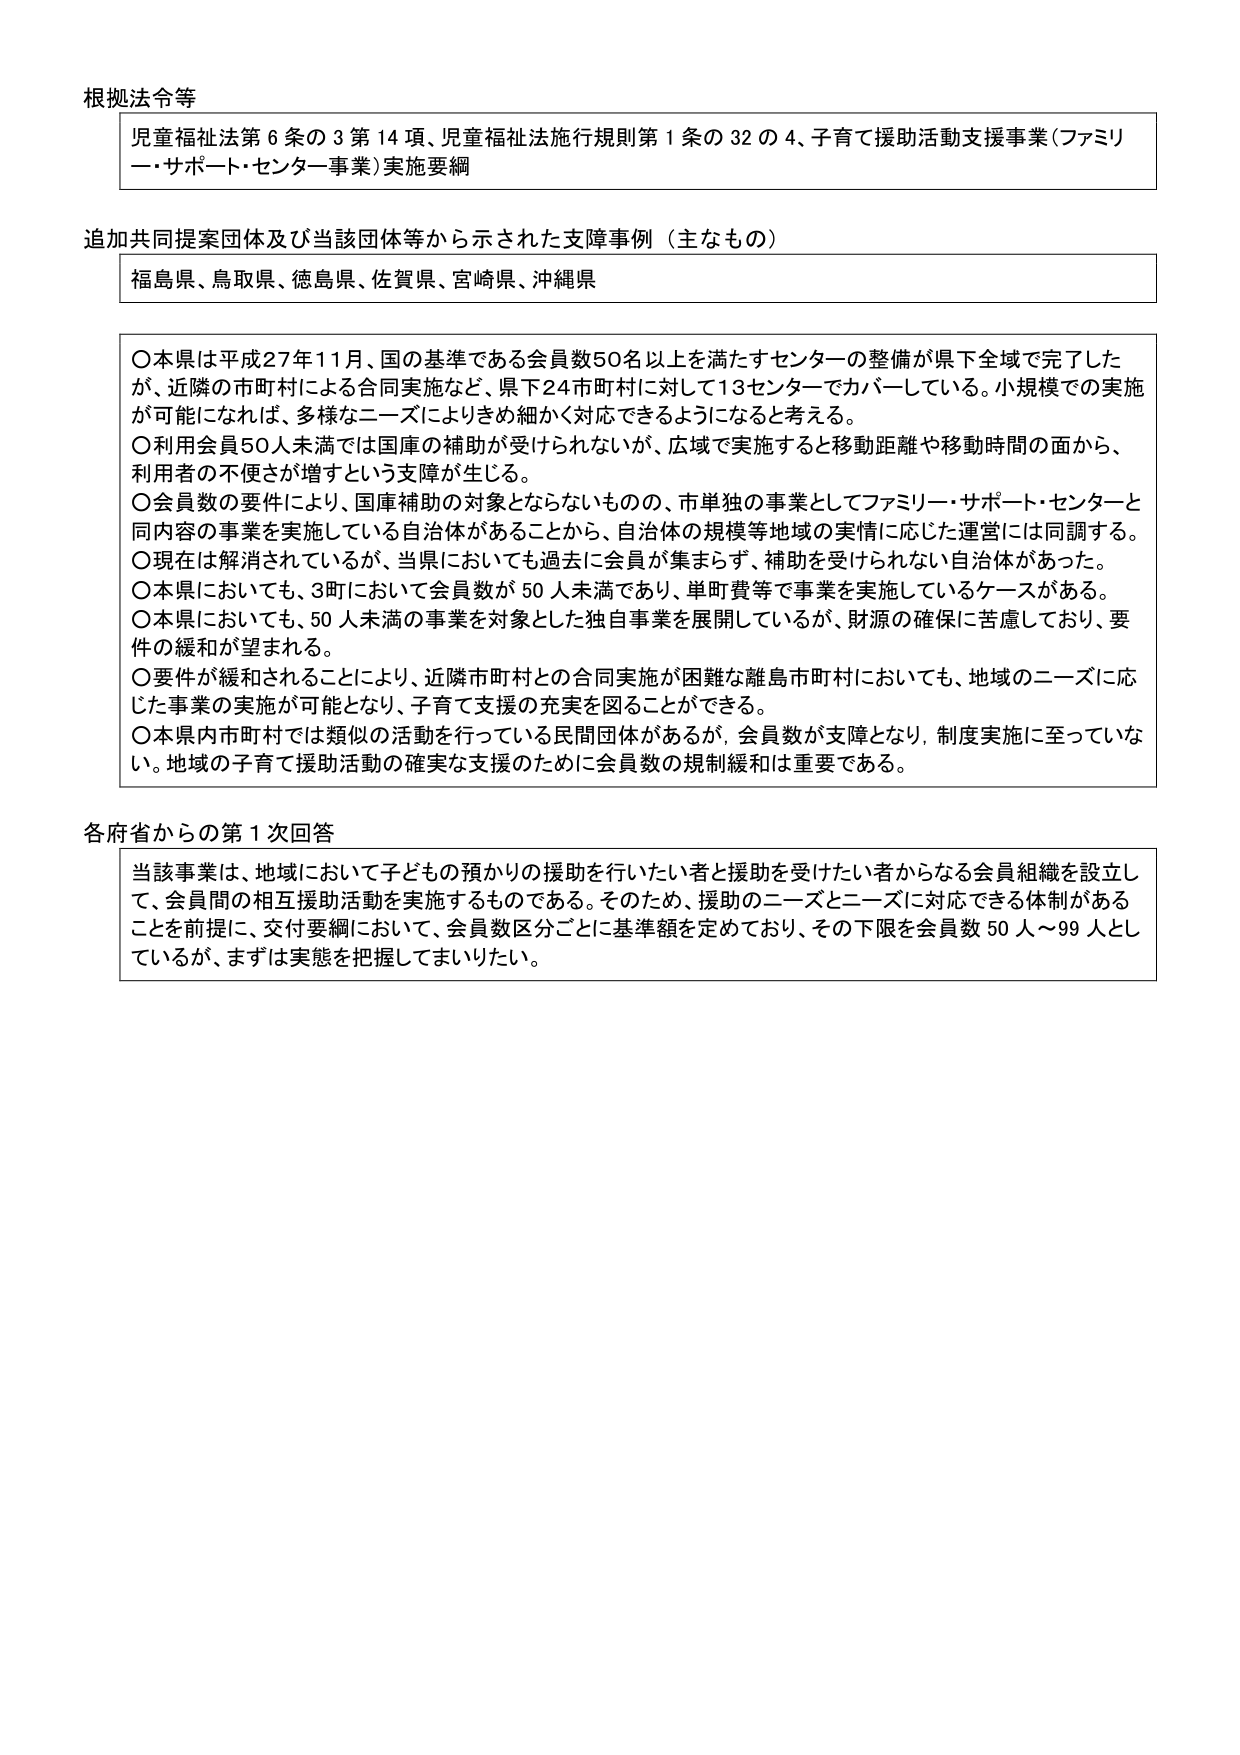
根拠法令等
児童福祉法第6条の3第14項、児童福祉法施行規則第1条の32の4、子育て援助活動支援事業（ファミリー・サポート・センター事業）実施要綱

追加共同提案団体及び当該団体等から示された支障事例（主なもの）
福島県、鳥取県、徳島県、佐賀県、宮崎県、沖縄県

〇本県は平成27年11月、国の基準である会員数50名以上を満たすセンターの整備が県下全域で完了したが、近隣の市町村による合同実施など、県下24市町村に対して13センターでカバーしている。小規模での実施が可能になれば、多様なニーズによりきめ細かく対応できるようになると考える。
〇利用会員50人未満では国庫の補助が受けられないが、広域で実施すると移動距離や移動時間の面から、利用者の不便さが増すという支障が生じる。
〇会員数の要件により、国庫補助の対象とならないものの、市単独の事業としてファミリー・サポート・センターと同内容の事業を実施している自治体があることから、自治体の規模等地域の実情に応じた運営には同調する。
〇現在は解消されているが、当県においても過去に会員が集まらず、補助を受けられない自治体があった。
〇本県においても、3町において会員数が50人未満であり、単町費等で事業を実施しているケースがある。
〇本県においても、50人未満の事業を対象とした独自事業を展開しているが、財源の確保に苦慮しており、要件の緩和が望まれる。
〇要件が緩和されることにより、近隣市町村との合同実施が困難な離島市町村においても、地域のニーズに応じた事業の実施が可能となり、子育て支援の充実を図ることができる。
〇本県内市町村では類似の活動を行っている民間団体があるが、会員数が支障となり、制度実施に至っていない。地域の子育て援助活動の確実な支援のために会員数の規制緩和は重要である。

各府省からの第1次回答
当該事業は、地域において子どもの預かりの援助を行いたい者と援助を受けたい者からなる会員組織を設立して、会員間の相互援助活動を実施するものである。そのため、援助のニーズとニーズに対応できる体制があることを前提に、交付要綱において、会員数区分ごとに基準額を定めており、その下限を会員数50人～99人としているが、まずは実態を把握してまいりたい。